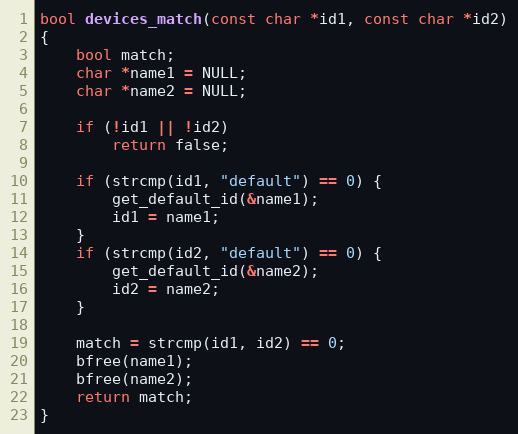
Language: C
bool devices_match(const char *id1, const char *id2)
{
	bool match;
	char *name1 = NULL;
	char *name2 = NULL;

	if (!id1 || !id2)
		return false;

	if (strcmp(id1, "default") == 0) {
		get_default_id(&name1);
		id1 = name1;
	}
	if (strcmp(id2, "default") == 0) {
		get_default_id(&name2);
		id2 = name2;
	}

	match = strcmp(id1, id2) == 0;
	bfree(name1);
	bfree(name2);
	return match;
}